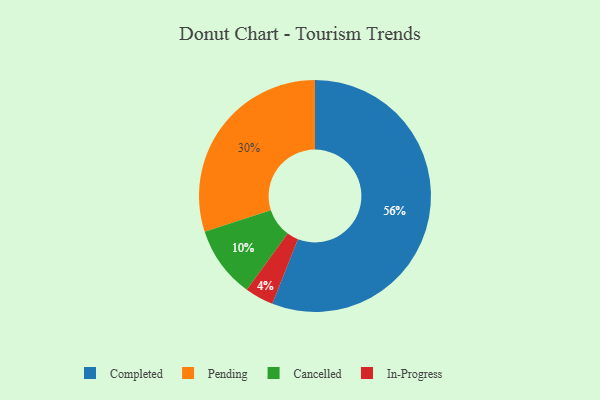
{"axis": {"x": "Category", "y": "Percentage"}, "legend": ["Cancelled", "Completed", "In-Progress", "Pending"], "data": [{"x": "Pending", "y": 30, "type": "Pending"}, {"x": "Cancelled", "y": 10, "type": "Cancelled"}, {"x": "Completed", "y": 56, "type": "Completed"}, {"x": "In-Progress", "y": 4, "type": "In-Progress"}]}